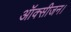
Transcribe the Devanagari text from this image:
ऑक्सीजन।